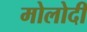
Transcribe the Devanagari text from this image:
मोलोदी